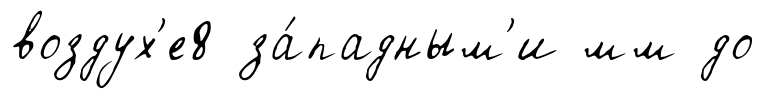
воздух'е8 за́падным'и мм до